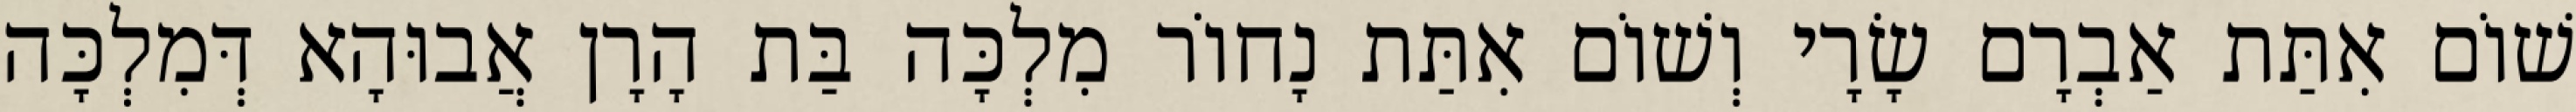
שׁוֹם אִתַּת אַבְרָם שָׂרָי וְשׁוֹם אִתַּת נָחוֹר מִלְכָּה בַּת הָרָן אֲבוּהָא דְּמִלְכָּה